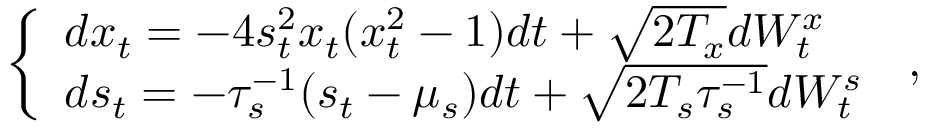
\begin{array} { r } { \left\{ \begin{array} { l l } { d x _ { t } = - 4 s _ { t } ^ { 2 } x _ { t } ( x _ { t } ^ { 2 } - 1 ) d t + \sqrt { 2 T _ { x } } d W _ { t } ^ { x } } \\ { d s _ { t } = - \tau _ { s } ^ { - 1 } ( s _ { t } - \mu _ { s } ) d t + \sqrt { 2 T _ { s } \tau _ { s } ^ { - 1 } } d W _ { t } ^ { s } } \end{array} \right. \, , } \end{array}